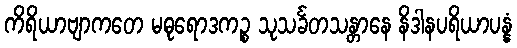
ကိရိယာဗျာကတေ မဓုရောဒကဉ္စ သုသင်္ခတသန္တာနေ နိဒါနပရိယာပန္နံ